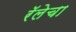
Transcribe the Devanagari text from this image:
रॅलेचा